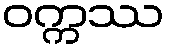
ဝက္ကဿ